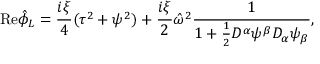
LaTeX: { \mathrm { R e } } \hat { \phi } _ { L } = \frac { i \xi } { 4 } ( \tau ^ { 2 } + \psi ^ { 2 } ) + \frac { i \xi } { 2 } \hat { \omega } ^ { 2 } \frac { 1 } { 1 + \frac { 1 } { 2 } { \cal D } ^ { \alpha } \psi ^ { \beta } { \cal D } _ { \alpha } \psi _ { \beta } } ,